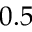
0 . 5